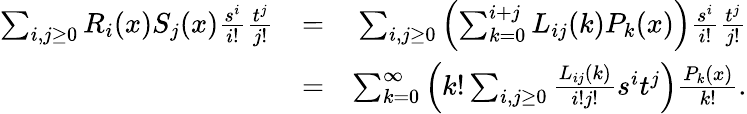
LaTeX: \begin{array}{rlr}{\sum_{i,j\geq 0}R_{i}(x)S_{j}(x){\frac{s^{i}}{i!}}{\frac{t^{j}}{j!}}}&{=}&{\sum_{i,j\geq 0}\left(\sum_{k=0}^{i+j}L_{ij}(k)P_{k}(x)\right){\frac{s^{i}}{i!}}{\frac{t^{j}}{j!}}}\\ &{=}&{\sum_{k=0}^{\infty}\left(k!\sum_{i,j\geq 0}{\frac{L_{ij}(k)}{i!j!}}s^{i}t^{j}\right){\frac{P_{k}(x)}{k!}}.}\end{array}